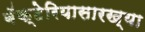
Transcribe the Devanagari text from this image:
बॅक्टेरियासारख्या